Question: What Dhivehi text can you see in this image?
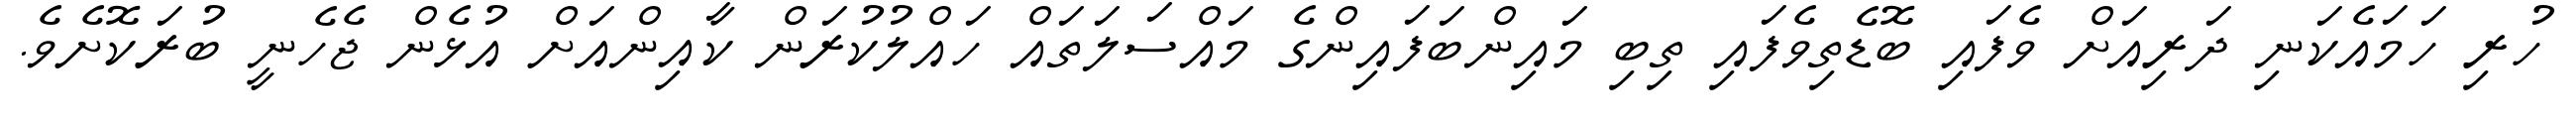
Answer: ހުރި ހަމައެކަނި ދަރިއަށް ވެފައި ބޮޑެތިވެފައި ތިބި މައިންބަފައިންގެ މައްސަލަތައް ހައްލުކުރަން ކާއިންއަށް އުޅެން ޖެހެނީ ބުރަކޮށެވެ.